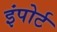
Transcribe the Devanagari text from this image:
इंपोर्ट